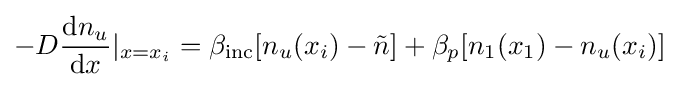
-D{\frac {\mathrm {d} n_{u}}{\mathrm {d} x}}|_{x=x_{i}}=\beta _{\mathrm {inc} }[n_{u}(x_{i})-{\tilde {n}}]+\beta _{p}[n_{1}(x_{1})-n_{u}(x_{i})]